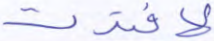
لافتدت